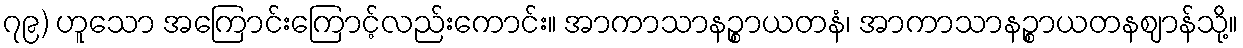
၇၉) ဟူသော အကြောင်းကြောင့်လည်းကောင်း။ အာကာသာနဉ္စာယတနံ၊ အာကာသာနဉ္စာယတနဈာန်သို့။